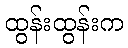
ထွန်းထွန်းက